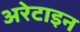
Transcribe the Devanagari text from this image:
अरेटाइन